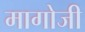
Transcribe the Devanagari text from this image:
मागोजी